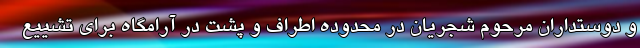
و دوستداران مرحوم شجریان در محدوده اطراف و پشت در آرامگاه برای تشییع